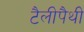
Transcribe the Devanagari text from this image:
टैलीपैथी